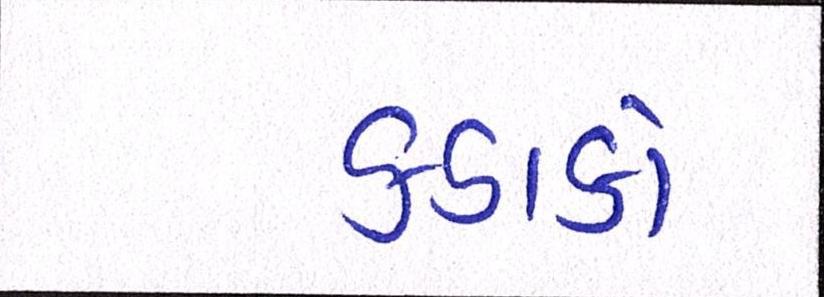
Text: કડાકો